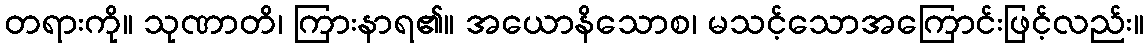
တရားကို။ သုဏာတိ၊ ကြားနာရ၏။ အယောနိသောစ၊ မသင့်သောအကြောင်းဖြင့်လည်း။